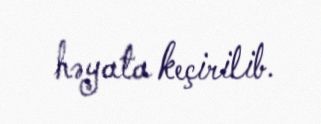
həyata keçirilib.